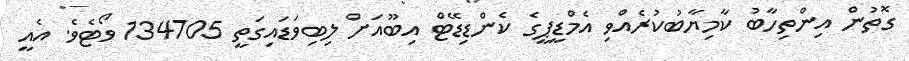
ގޮތުން އިންތިހާބު ކާމިޔާބުކުރެއްވި އެމްޑީޕީގެ ކެންޑިޑޭޓް އިބޫއަށް ލިބިވަޑައިގަތީ 134705 ވޯޓެވެ. އެއީ